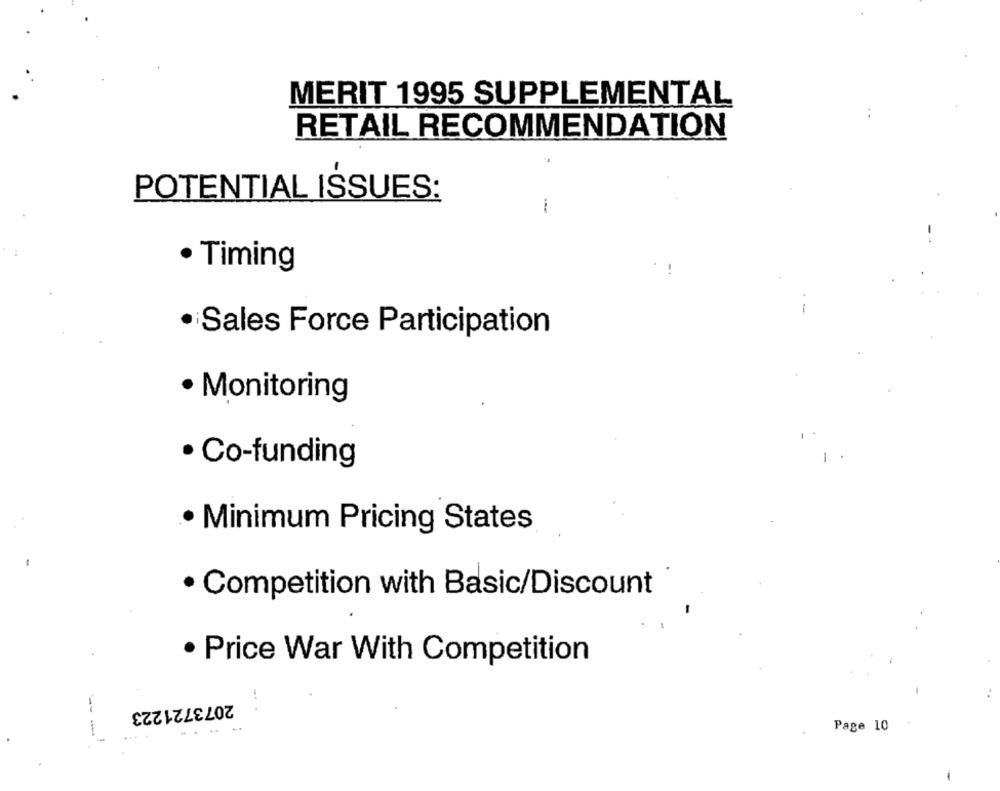
MERIT 1995 SUPPLEMENTAL
RETAIL RECOMMENDATION
POTENTIAL ISSUES:
· Timing
Sales Force Participation
· Monitoring
· Co-funding
. Minimum Pricing States
· Competition with Basic/Discount
. Price War With Competition
-
2073721223
.. .
-
Page 10